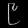
Digit: ၉